Leningradi_Edasi_toimetus, lk 65
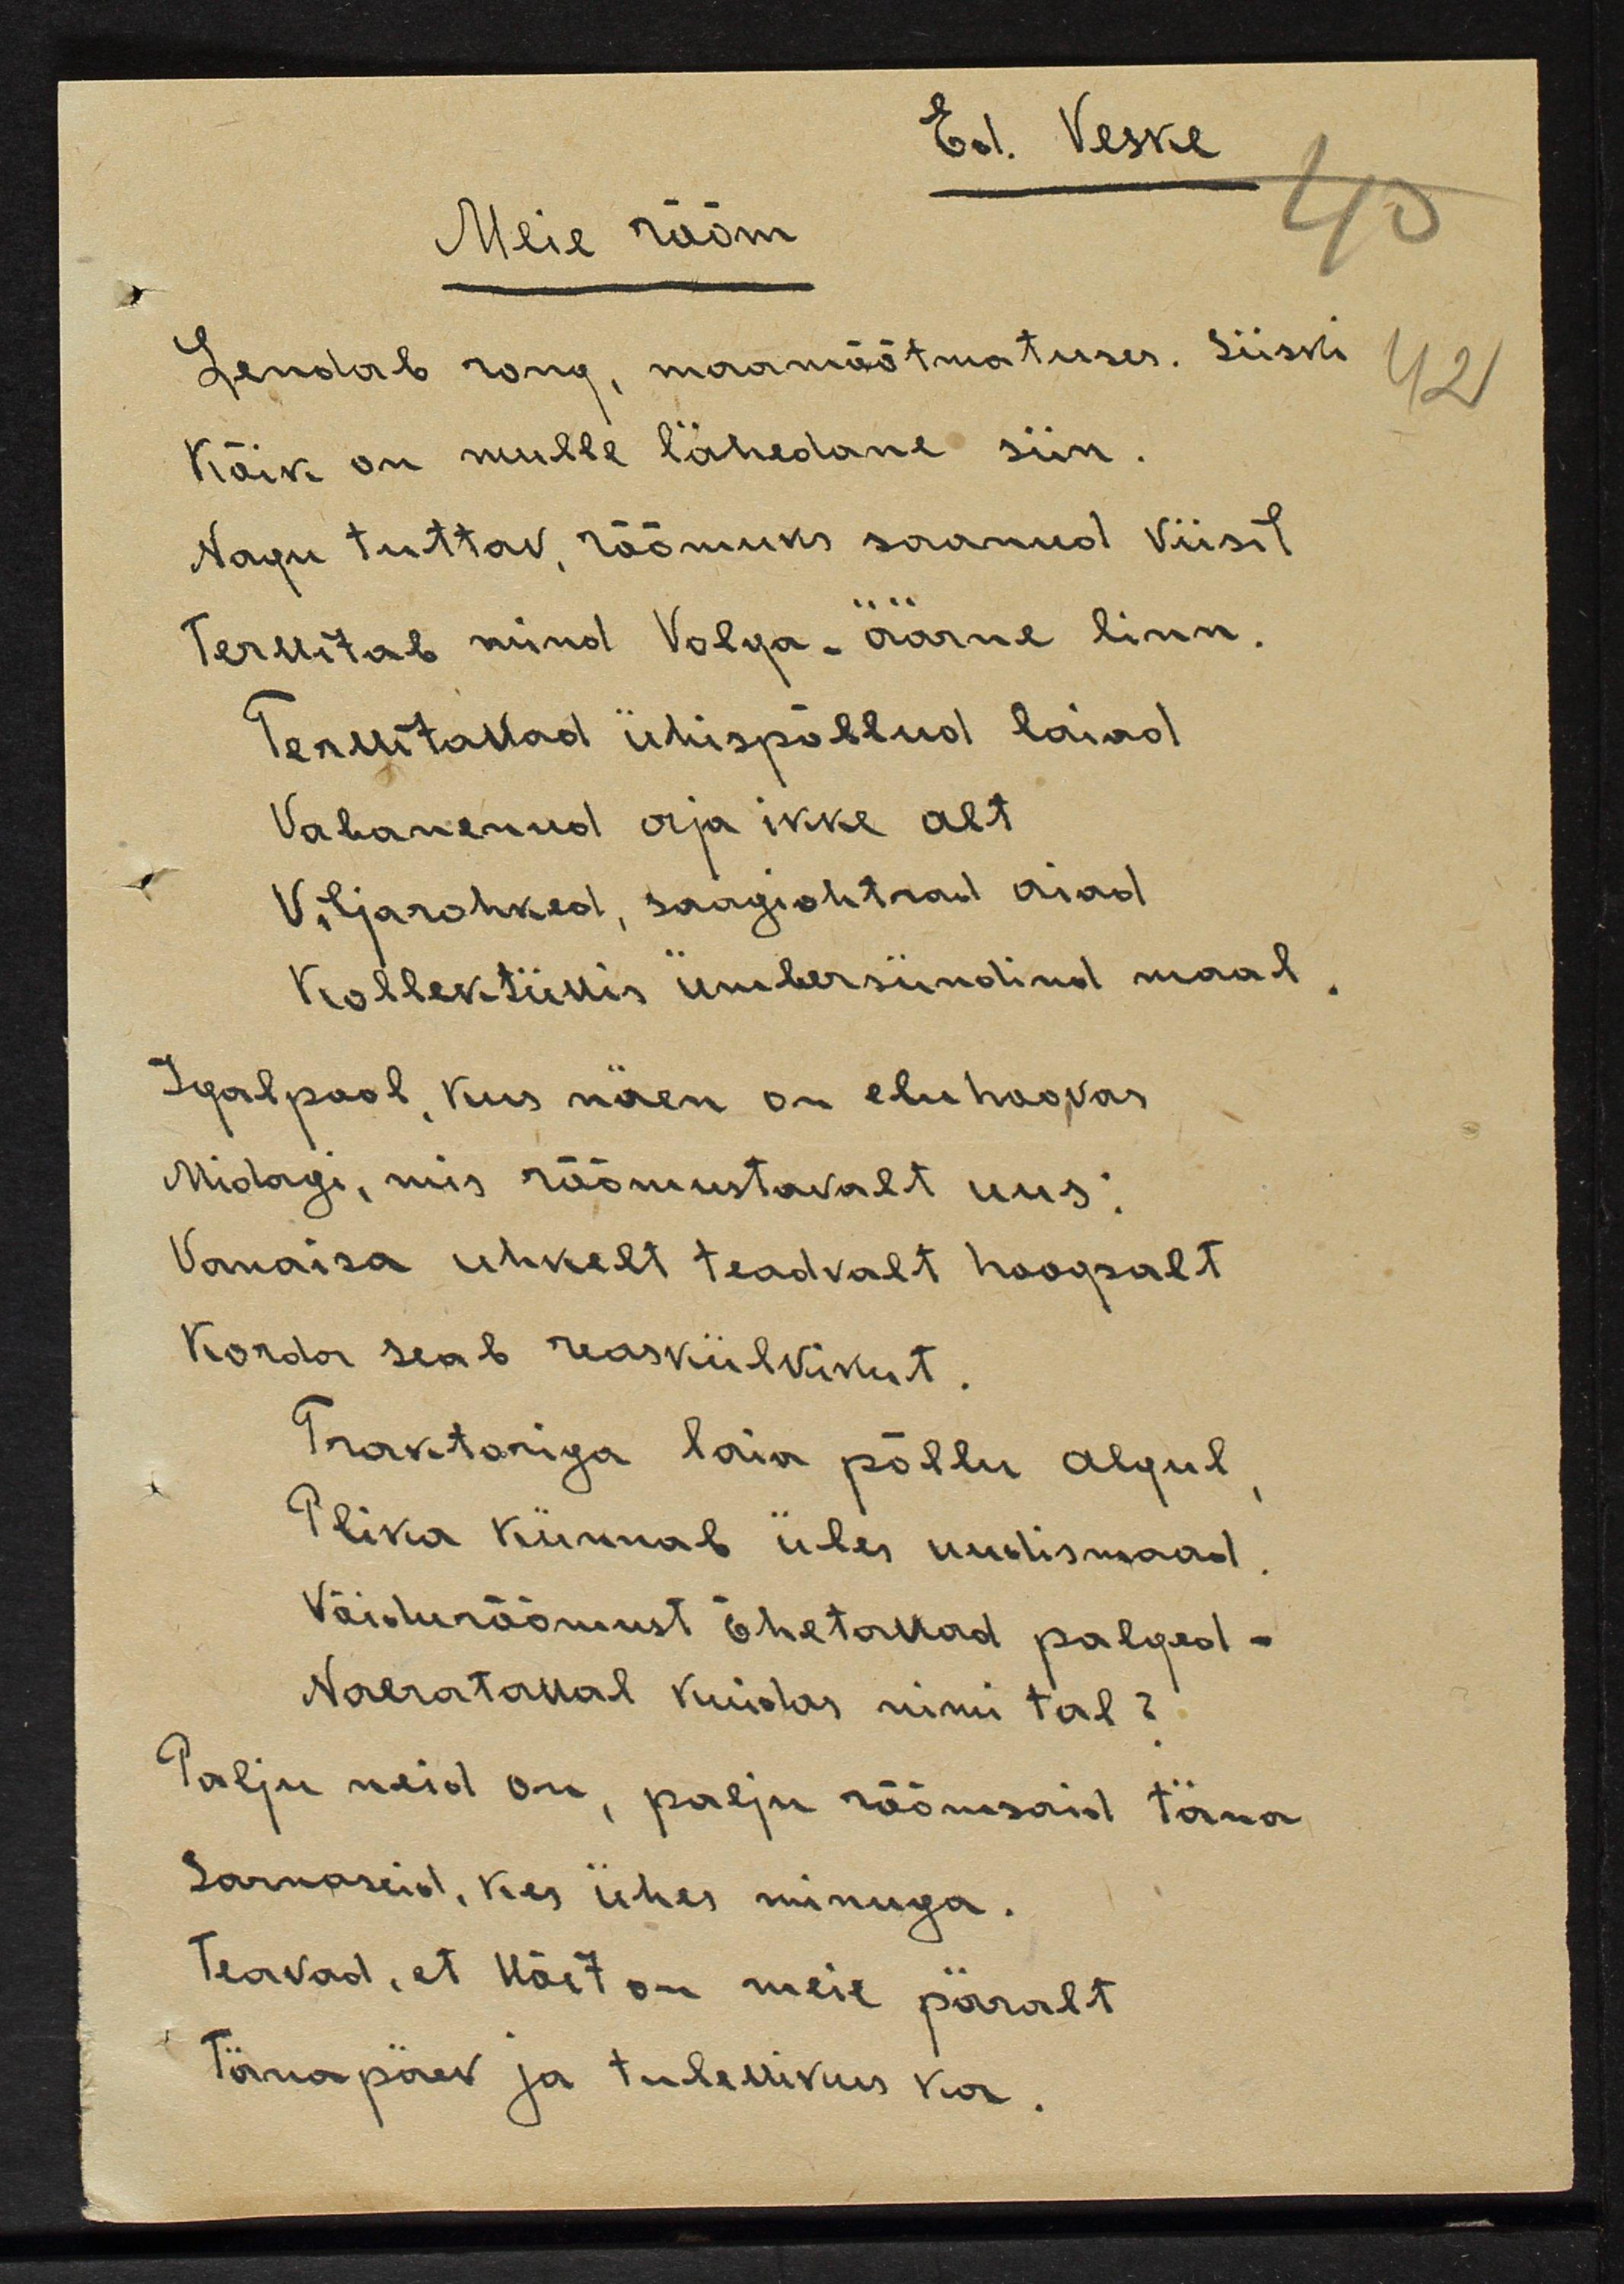
Ed. Veske
Meie rõõm
Lendab rong, maamõõtmatuses. Siiski
Kõik on mulle lähedane siin.
Nagu tuttav rõõmuks saanud viisil
Tervitab mind Volga-äärne linn.
Tervitavad ühispõllud laiad
vabanenud orja ikke alt
Viljarohked, saagiohtrad aiad
Kollektiivis ümbersündinud maad.
Igalpool kus näen on elu hoovas
Midagi, mis rõõmustavalt uus:
Vanaisa uhkelt teadvalt hoogsalt
korda seab reaskülvikut
Traktoriga laia põllu algul
Plika künnab üles uudismaad.
Võidurõõmsalt õhetavad palged.
Naeratavad kuidas nimi tal?
Palju meid on, palju rõõmsaid täna
sarnaseid, kes ühes minuga.
Teavad, et kõik on meie päralt
Tänapäev ja tulevikus ka.